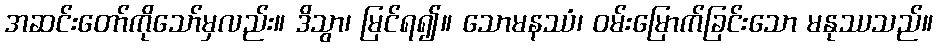
အဆင်းတော်ကိုသော်မှလည်း။ ဒိသွာ၊ မြင်ရ၍။ သောမနဿံ၊ ဝမ်းမြောက်ခြင်းသော မနုဿသည်။